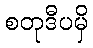
စတုဒီပမှိ